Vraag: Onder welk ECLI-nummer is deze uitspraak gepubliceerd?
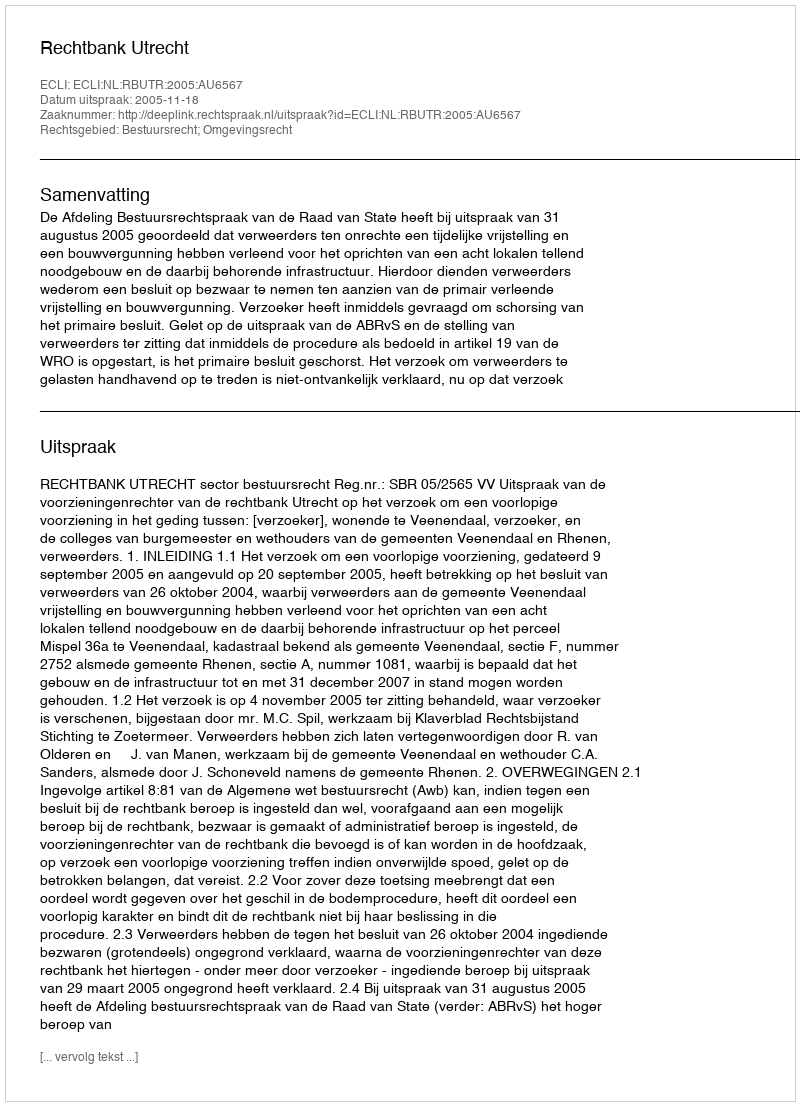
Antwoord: ECLI:NL:RBUTR:2005:AU6567